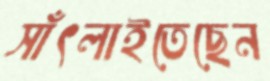
সাঁৎলাইতেছেন